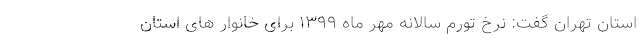
استان تهران گفت: نرخ تورم سالانه مهر ماه ۱۳۹۹ برای خانوار های استان